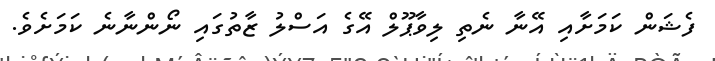
ފެޝަން ކަމަށާއި އޭނާ ނެތި ލިވާޕޫލް އޭގެ އަސްލު ޒާތުގައި ނޯންނާނެ ކަމަށެވެ.